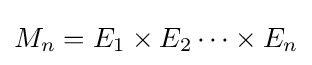
M_{n}=E_{1}\times E_{2}\cdots \times E_{n}